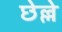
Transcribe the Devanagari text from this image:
छेल्ले